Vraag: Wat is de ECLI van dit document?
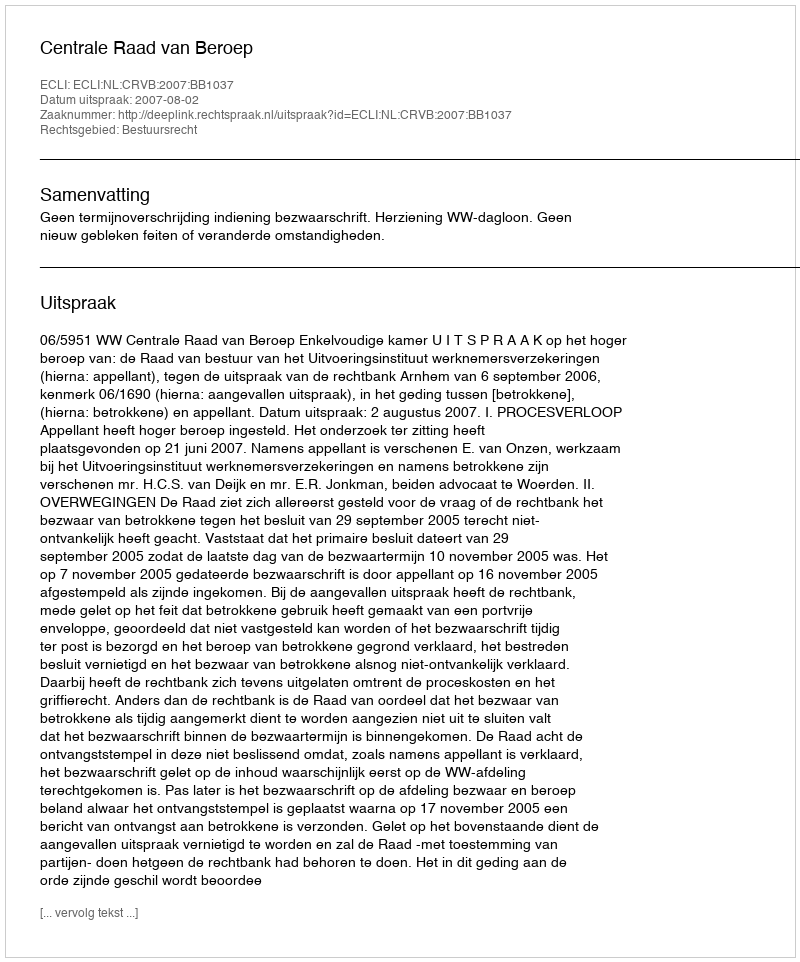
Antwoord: ECLI:NL:CRVB:2007:BB1037